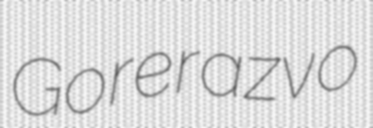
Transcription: Gorerazvo